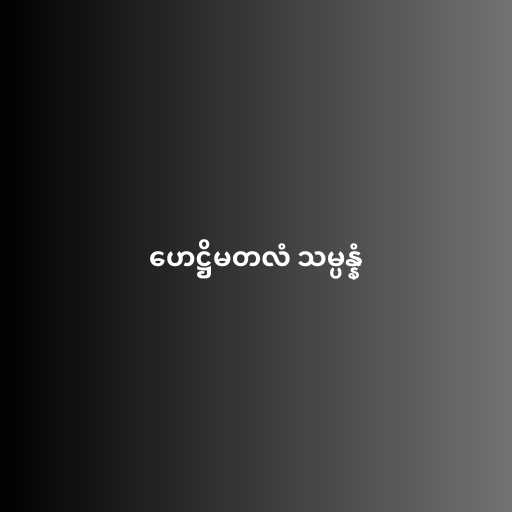
ဟေဋ္ဌိမတလံ သမ္ပန္နံ